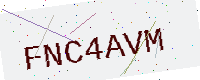
Text: FNC4AVM